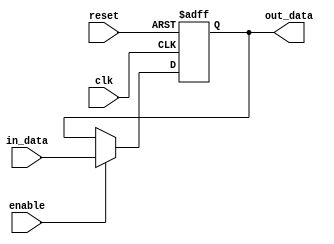
module timing_control_and_sync_block (
    input wire clk,      // clock signal
    input wire reset,    // reset signal
    input wire enable,   // enable signal
    input wire [7:0] in_data,   // input data
    output wire [7:0] out_data   // output data
);

reg [7:0] bypass_reg;  // bypass register

always @(posedge clk or posedge reset) begin
    if (reset) begin
        bypass_reg <= 8'b0;
    end else if (enable) begin
        // Logic for variable width bypass register based on input and output data requirements
        // Wider data paths can be implemented for greater flexibility in data manipulation
        bypass_reg <= in_data;
    end
end

assign out_data = bypass_reg;  // output data from bypass register

endmodule